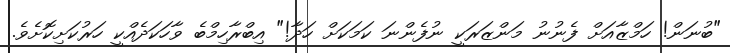
"ބުނަން! ހަމްޒާއަށް ފެނުނު މަންޒަރަކީ ނުފެންނަ ކަމަކަށް ހަދާ!" އިބްރާހިމްބެ ވާހަކަދެއްކީ ހަރުކަށިކޮށެވެ.